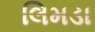
લિમડા